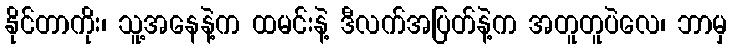
နိုင်တာကိုး၊ သူ့အနေနဲ့က ထမင်းနဲ့ ဒီလက်အပြတ်နဲ့က အတူတူပဲလေ၊ ဘာမှ